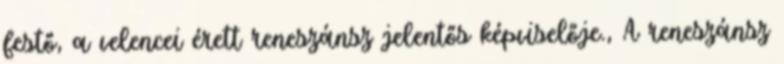
festő, a velencei érett reneszánsz jelentős képviselője., A reneszánsz